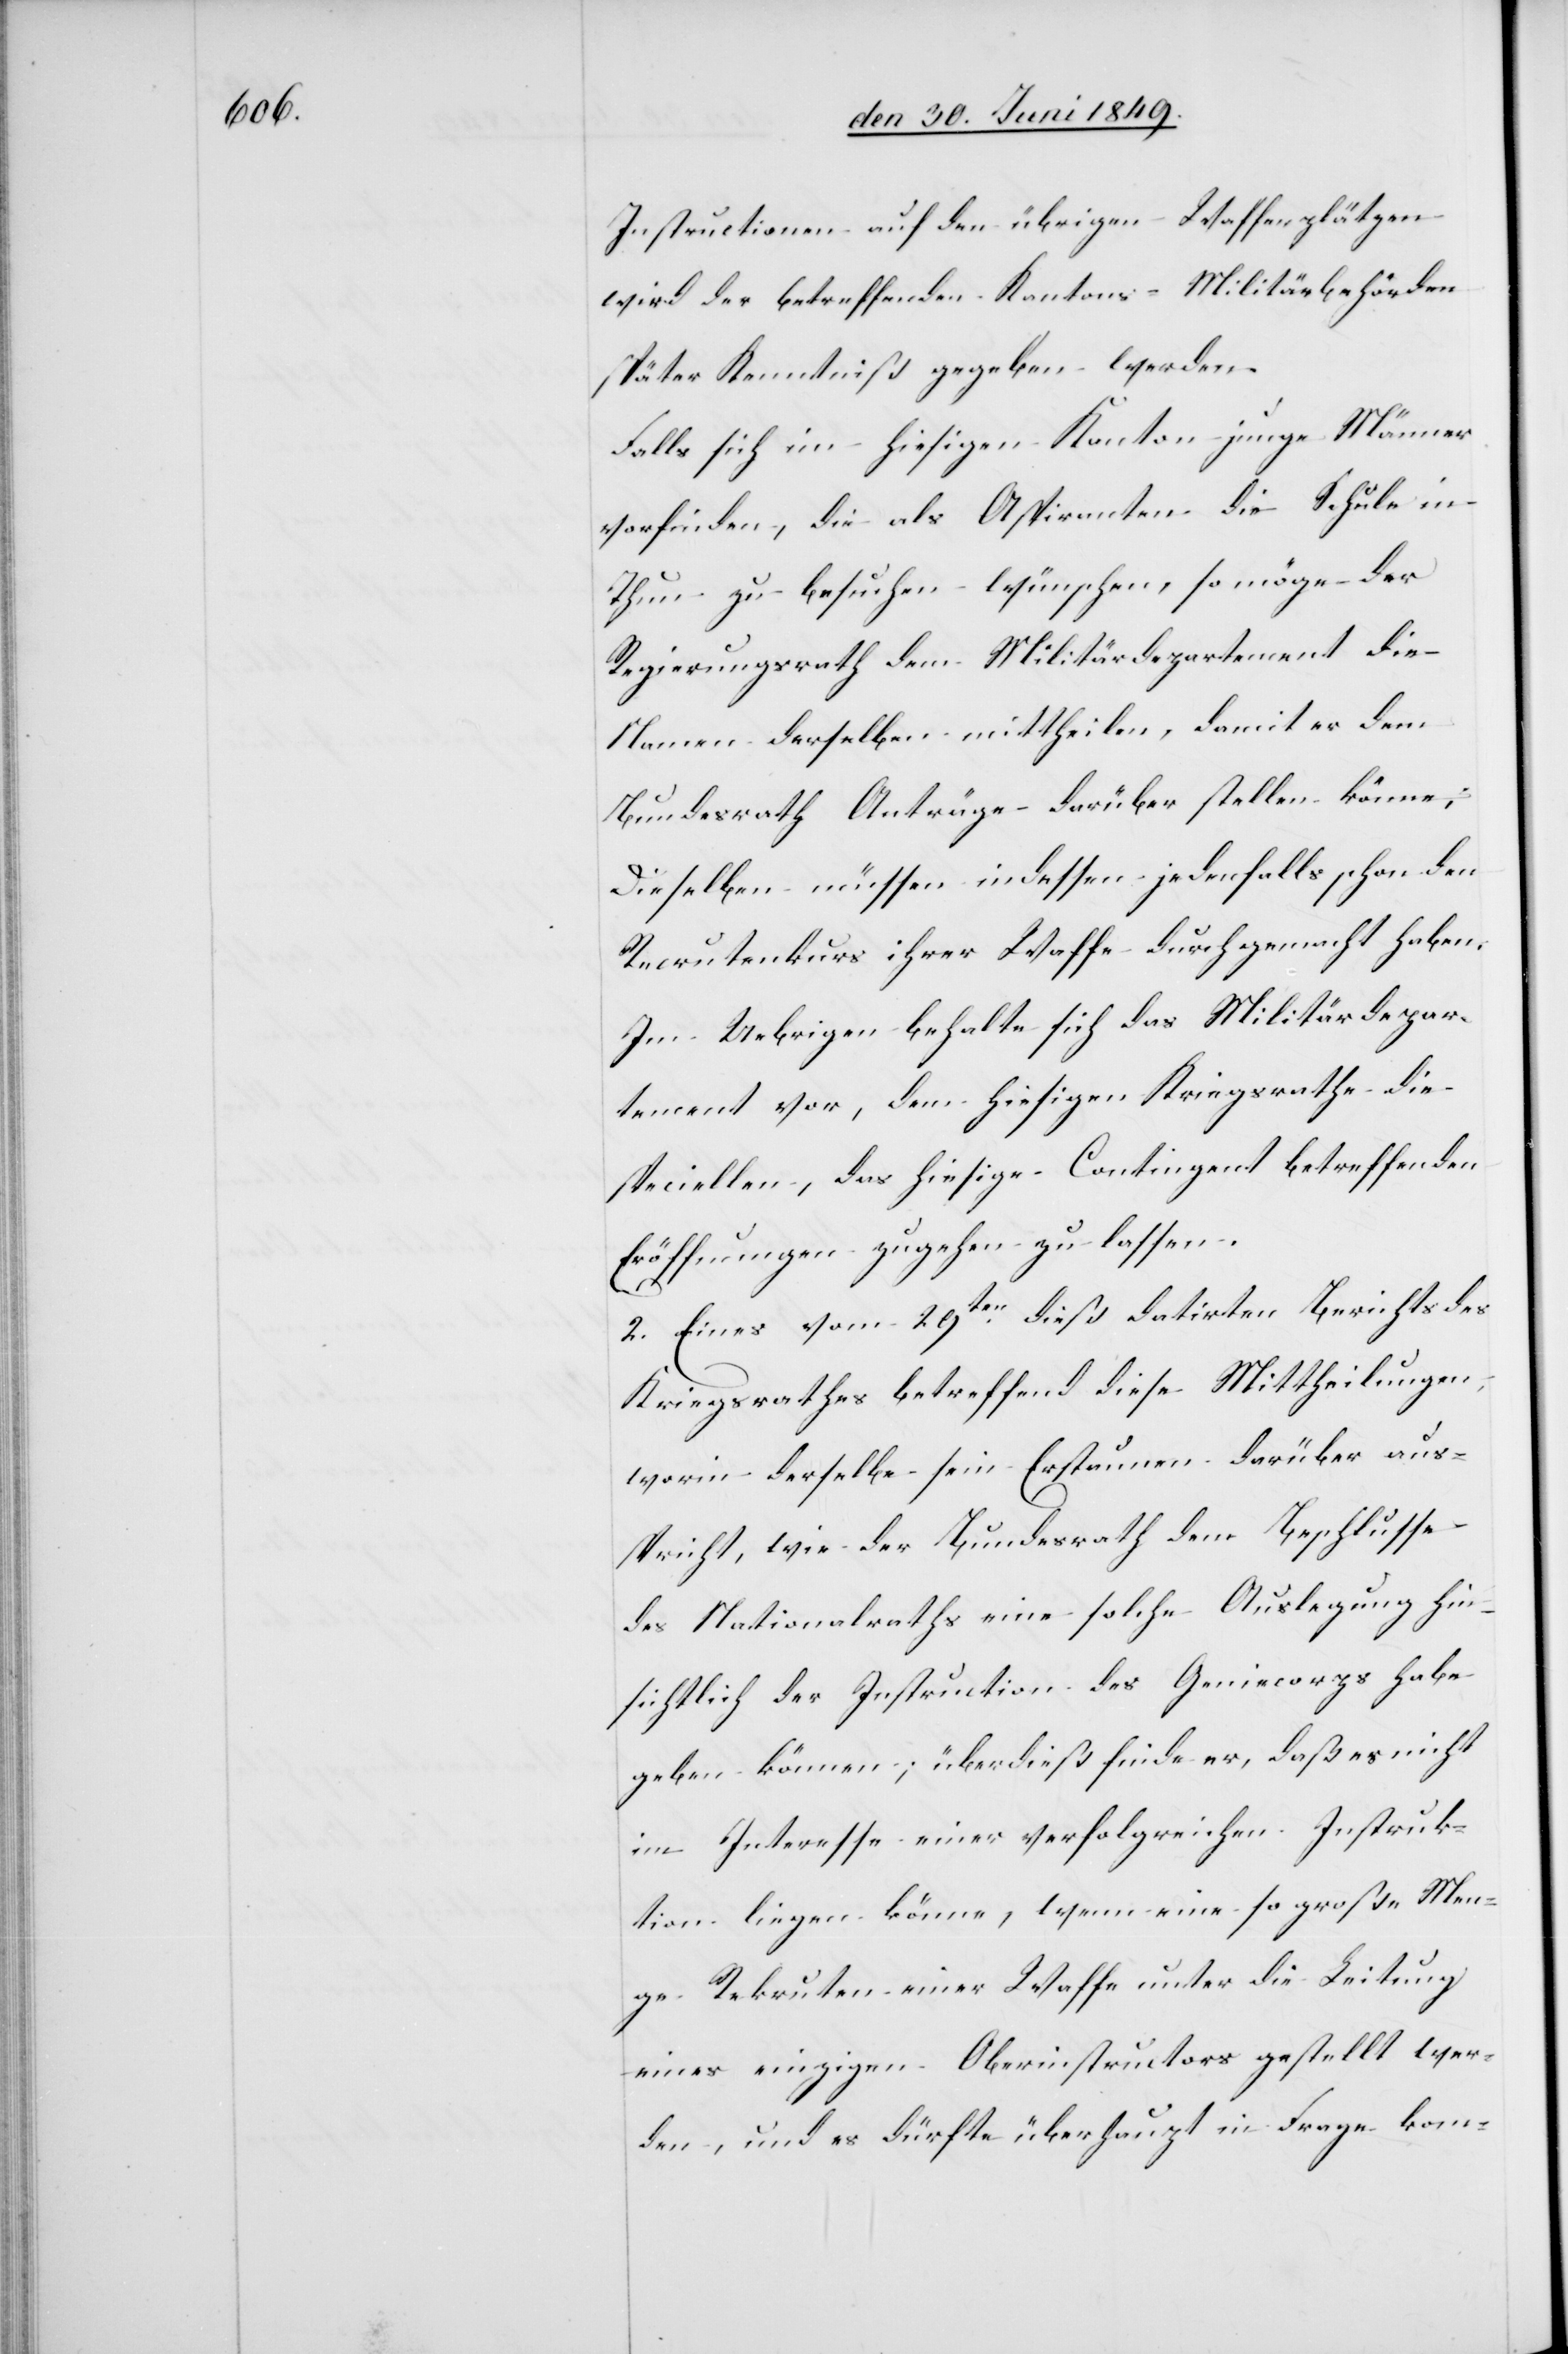
Instructionen auf den übrigen Waffenplätzen
später Kenntniß gegeben werden.
Falls sich im hiesigen Kanton junge Männer
vorfinden, die als Aspiranten die Schule in
Thun zu besuchen wünschen, so möge der
Regierungsrath dem Militärdepartement die
Namen derselben mittheilen, damit er dem
Bundesrath Anträge darüber stellen könne,
dieselben müssen indessen jedenfalls schon den
Recrutenkurs ihrer Waffe durchgemacht haben.
Im Uebrigen behalte sich das Militärdepar¬
tement vor, dem hiesigen Kriegsrathe die
speciellen, das hiesige Contingent betreffenden
Eröffnungen zugehen zu lassen.
2. Eines vom 29ten dieß datirten Berichts des
Kriegsrathes betreffend diese Mittheilungen,
worin derselbe sein Erstaunen darüber aus¬
spricht, wie der Bundesrath dem Beschlusse
des Nationalraths eine solche Auslegung hin¬
sichtlich der Instruction des Geniecorps habe
geben können; überdieß finde er, daß es nicht
im Interesse einer verfolgreichen [recte:
Instruktion liegen könne, wenn eine so große Men¬
ge Rekruten einer Waffe unter die Leitung
eines einzigen Oberinstructors gestellt wer¬
den, und es dürfte überhaupt in Frage kom-